Account of plague administration in the Bombay Presidency from September 1896 till May 1897
Year: 1896
Disease focus: Plague
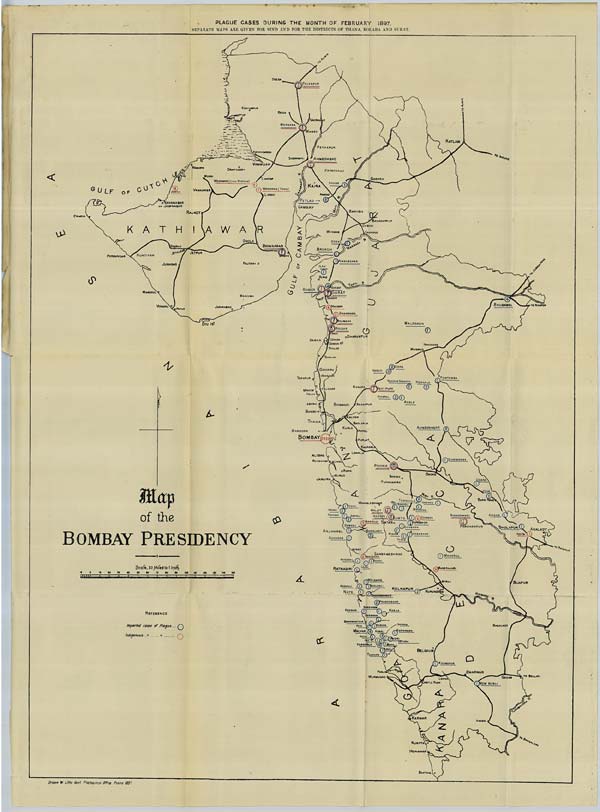
PLAGUE CASES DURING THE MONTH OF FEBRUARY 1897.
SEPARATE MAPS ARE GIVEN FOR SIND AND FOR THE DISTRICTS OF THANA, KOLABA AND SURAT.
Drawn & Litho Govt. Photozinco: Office, Poona 1897.